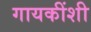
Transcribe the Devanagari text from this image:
गायकींशी